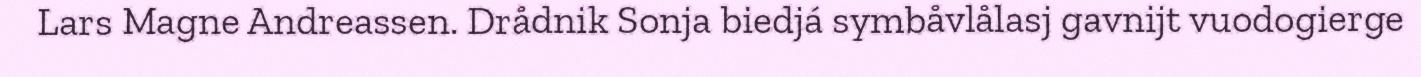
Lars Magne Andreassen. Drådnik Sonja biedjá symbåvlålasj gavnijt vuodogierge